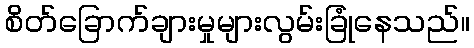
စိတ်ခြောက်ချားမှုများလွမ်းခြုံနေသည်။